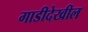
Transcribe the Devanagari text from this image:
गाडीदेखील